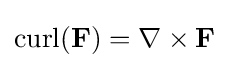
\operatorname {curl} (\mathbf {F} )=\nabla \times \mathbf {F}